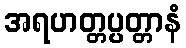
အရဟတ္တပ္ပတ္တာနံ